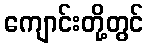
ကျောင်းတို့တွင်